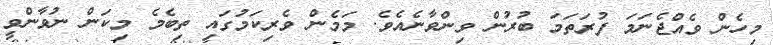
މިހެން ވެއްޖެނަމަ ފުރަތަމަ ބުރުން ވިންވާނެއެވެ. މަމެން ވެރިކަމުގައި ތިބެމެ މިކަން ނުވާންވީ